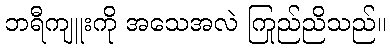
ဘရီကျူးကို အသေအလဲ ကြည်ညိုသည်။